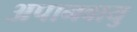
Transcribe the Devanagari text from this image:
अपानवायु